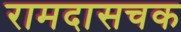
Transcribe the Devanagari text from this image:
रामदासचक